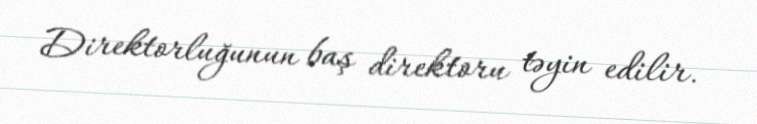
Direktorluğunun baş direktoru təyin edilir.